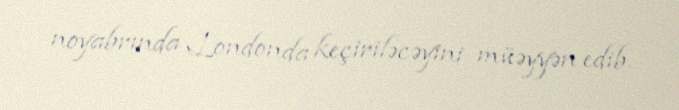
noyabrında Londonda keçiriləcəyini müəyyən edib.